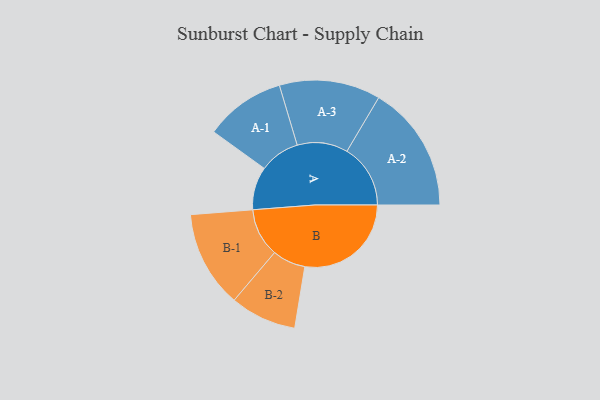
{"axis": {"x": "Segment", "y": "Value"}, "legend": ["", "A", "B"], "data": [{"x": "A", "y": 200, "type": ""}, {"x": "B", "y": 494, "type": ""}, {"x": "A-1", "y": 187, "type": "A"}, {"x": "A-2", "y": 295, "type": "A"}, {"x": "A-3", "y": 235, "type": "A"}, {"x": "B-1", "y": 225, "type": "B"}, {"x": "B-2", "y": 154, "type": "B"}]}